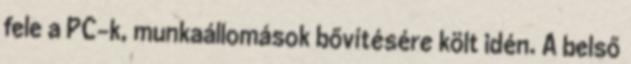
fele a PC-k, munkaállomások bővítésére költ idén. A belső